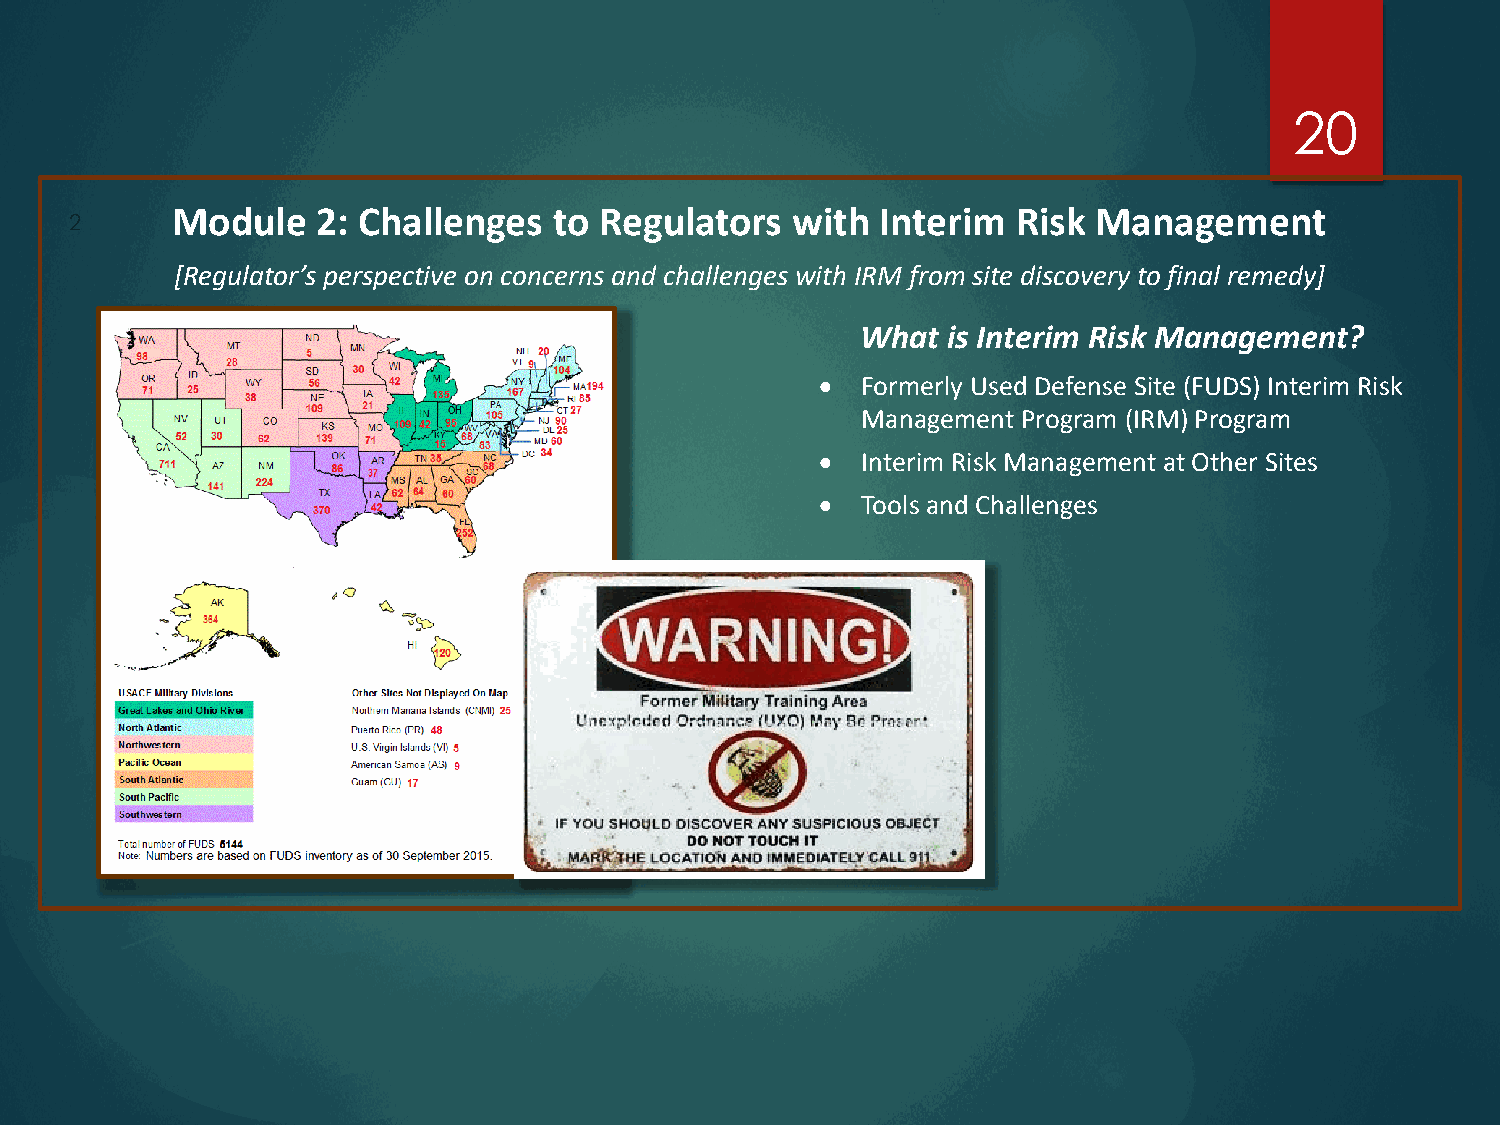
20
 Module    2: Challenges   to Regulators  with  Interim  Risk  Management
 2
 [Regulator’s perspective on concerns and challenges with IRM from site discovery to final remedy]
 What  is Interim Risk Management?
 •  Formerly Used Defense Site (FUDS) Interim Risk
 Management Program (IRM) Program
 •  Interim Risk Management at Other Sites
 •  Tools and Challenges